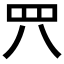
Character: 𦉵